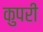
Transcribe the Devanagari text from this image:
कुपरी